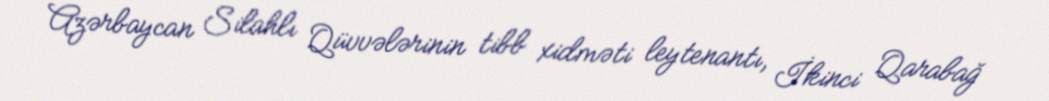
Azərbaycan Silahlı Qüvvələrinin tibb xidməti leytenantı, İkinci Qarabağ